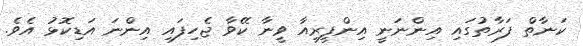
ކަނާތް ފަރާތުގައި އިންނަނީ އިންފީރިއާ ވީނާ ކޭވާ ޖެހިފައި އިންނަ އަޑިކޮޅު އެވެ.